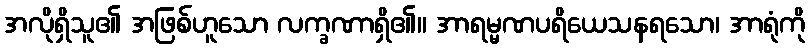
အလိုရှိသူ၏ အဖြစ်ဟူသော လက္ခဏာရှိ၏။ အာရမ္မဏပရိယေသနရသော၊ အာရုံကို